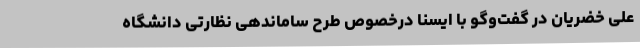
علی خضریان در گفت‌وگو با ایسنا درخصوص طرح ساماندهی نظارتی دانشگاه